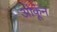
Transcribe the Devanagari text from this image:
ओकून